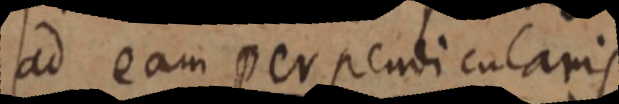
ad eam perpendicularis